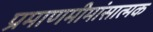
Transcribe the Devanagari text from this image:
प्रमाणमीमांसात्मक